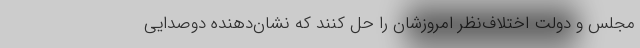
مجلس و دولت اختلاف‌نظر امروزشان را حل کنند که نشان‌دهنده دوصدایی